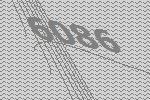
6086